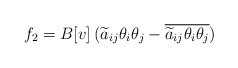
\begin{align*}f_2=B[v]\,(\widetilde a_{ij}\theta_i\theta_j-\overline{\widetilde a_{ij}\theta_i\theta_j})\end{align*}